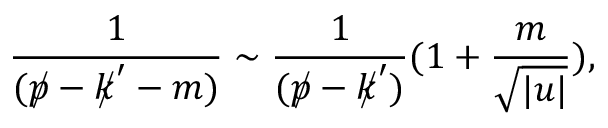
\frac { 1 } { ( p \llap / - k \llap / ^ { \prime } - m ) } \sim \frac { 1 } { ( p \llap / - k \llap / ^ { \prime } ) } ( 1 + \frac { m } { \sqrt { | u | } } ) ,